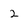
Character: 2